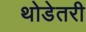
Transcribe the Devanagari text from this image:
थोडेतरी